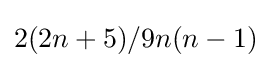
{\textstyle 2(2n+5)/9n(n-1)}